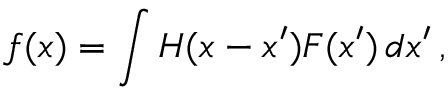
f ( x ) = \int H ( x - x ^ { \prime } ) F ( x ^ { \prime } ) \, d x ^ { \prime } \, ,